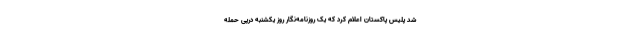
شد پلیس پاکستان اعلام کرد که یک روزنامه‌نگار روز یکشنبه درپی حمله